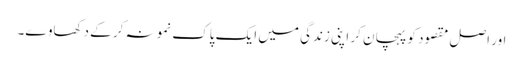
اور اصل مقصود کو پہچان کر اپنی زندگی میں ایک پاک نمونہ کر کے دکھاوے۔